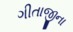
ગીતાજીના